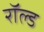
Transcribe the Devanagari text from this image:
रॉल्‍ड